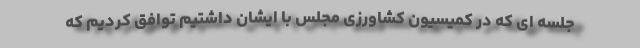
جلسه ای که در کمیسیون کشاورزی مجلس با ایشان داشتیم توافق کردیم که